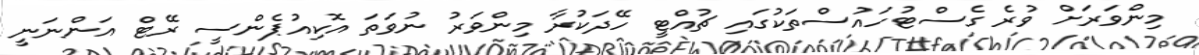
މިންވަރަށް ވުރެ ގެސްޓުހައުސްތަކުގައި ޗުއްޓީ ހޭދަކުރާ މިންވަރު ނުވަތަ އޮކިއުޕެންސީ ރޭޓް އަންނަނީ